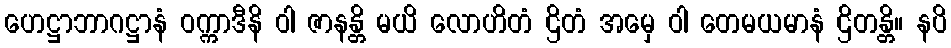
ဟေဋ္ဌာဘာဂဋ္ဌာနံ ဝက္ကာဒီနိ ဝါ ဇာနန္တိ မယိ လောဟိတံ ဌိတံ အမှေ ဝါ တေမယမာနံ ဌိတန္တိ။ နပိ